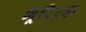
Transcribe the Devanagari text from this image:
भूरिश्र्वा